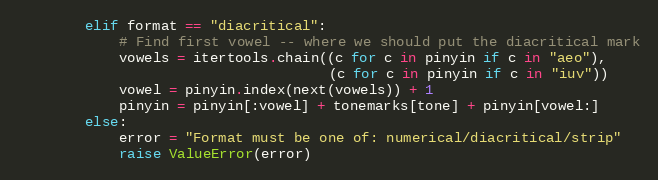
Language: Python
        elif format == "diacritical":
            # Find first vowel -- where we should put the diacritical mark
            vowels = itertools.chain((c for c in pinyin if c in "aeo"),
                                     (c for c in pinyin if c in "iuv"))
            vowel = pinyin.index(next(vowels)) + 1
            pinyin = pinyin[:vowel] + tonemarks[tone] + pinyin[vowel:]
        else:
            error = "Format must be one of: numerical/diacritical/strip"
            raise ValueError(error)